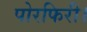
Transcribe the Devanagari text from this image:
पोरफिरी।